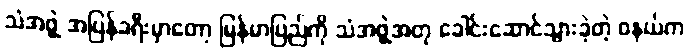
သံအဖွဲ့ အပြန်ခရီးမှာတော့ မြန်မာပြည်ကို သံအဖွဲ့အတု ခေါင်းဆောင်သွားခဲ့တဲ့ ဝနယ်က